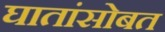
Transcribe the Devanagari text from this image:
घातांसोबत